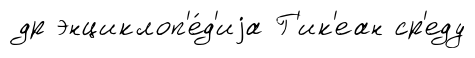
др энциклоп'е́д'иjа Г'ик'еан ср'еду